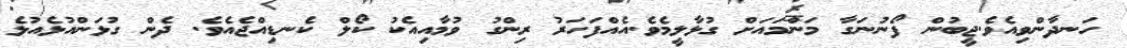
ހަނދާންވިއެވެ.ޖީބުން ފޯނުނަގާ މަންމައަށް ގުޅާލީމެވެ.އެއްފަހަރު ރިންގު ވުމާއިއެކު ކޯލް ކެނޑިއްޖެއެވެ. ދެން ގުޅަންއުޅެއުޅެ